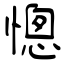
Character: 憁